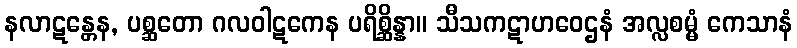
နလာဋန္တေန, ပစ္ဆတော ဂလဝါဋကေန ပရိစ္ဆိန္နာ။ သီသကဋာဟဝေဌနံ အလ္လစမ္မံ ကေသာနံ